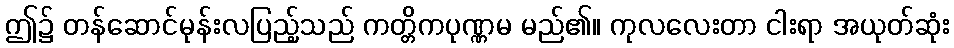
ဤ၌ တန်ဆောင်မုန်းလပြည့်သည် ကတ္တိကပုဏ္ဏမ မည်၏။ ကုလလေးတာ ငါးရာ အယုတ်ဆုံး